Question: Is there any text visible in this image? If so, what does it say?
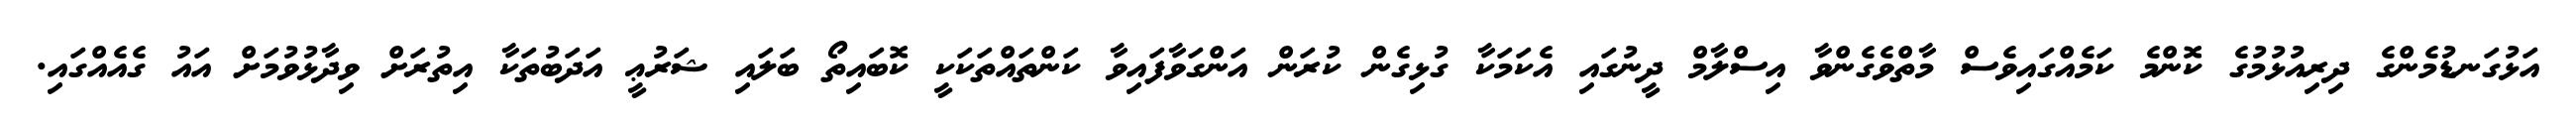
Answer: އަޅުގަނޑުމެންގެ ދިރިއުޅުމުގެ ކޮންމެ ކަމެއްގައިވެސް މާތްވެގެންވާ އިސްލާމް ދީނުގައި އެކަމަކާ ގުޅިގެން ކުރަން އަންގަވާފައިވާ ކަންތައްތަކަކީ ކޮބައިތޯ ބަލައި ޝަރުޢީ އަދަބުތަކާ އިތުރަށް ވިދާޅުވުމަށް އައު ގެއެއްގައި.